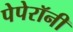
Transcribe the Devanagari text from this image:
पेपेरॉनी